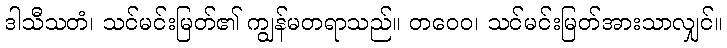
ဒါသီသတံ၊ သင်မင်းမြတ်၏ ကျွန်မတရာသည်။ တဝေဝ၊ သင်မင်းမြတ်အားသာလျှင်။